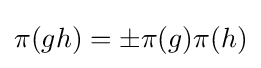
\pi (gh)=\pm \pi (g)\pi (h)